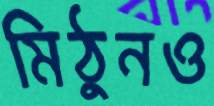
মিঠুনও